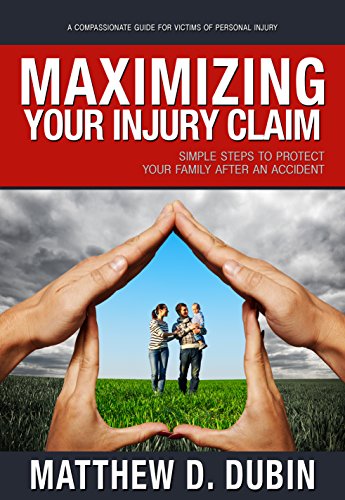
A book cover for Maximizing Your Injury Claim: Simple Steps To Protect Your Family After An Accident; Matthew D. Dubin; Law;